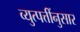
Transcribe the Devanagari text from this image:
व्युत्पत्तींनुसार